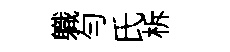
軄勻氏柝